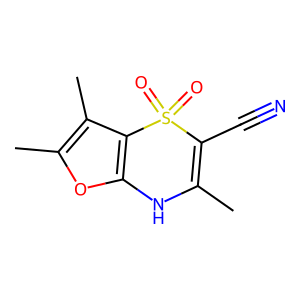
SMILES: CC1=C(C#N)S(=O)(=O)c2c(oc(C)c2C)N1
Inhibits HIV replication: No